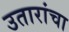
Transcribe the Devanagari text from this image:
उतारांचा